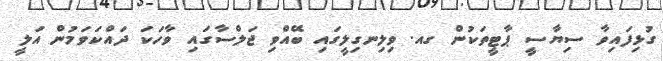
ގުޅިފައިވާ ސިޔާސީ ޕާޓީތަކުން ގއ. ވިލިނގިލީގައި ބޭއްވި ޖަލްސާގައި ވާހަކަ ދައްކަވަމުން އަލީ